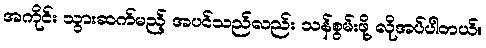
အကိုင်း သွားဆက်မည့် အပင်သည်လည်း သန်စွမ်းဖို့ လိုအပ်ပါတယ်။